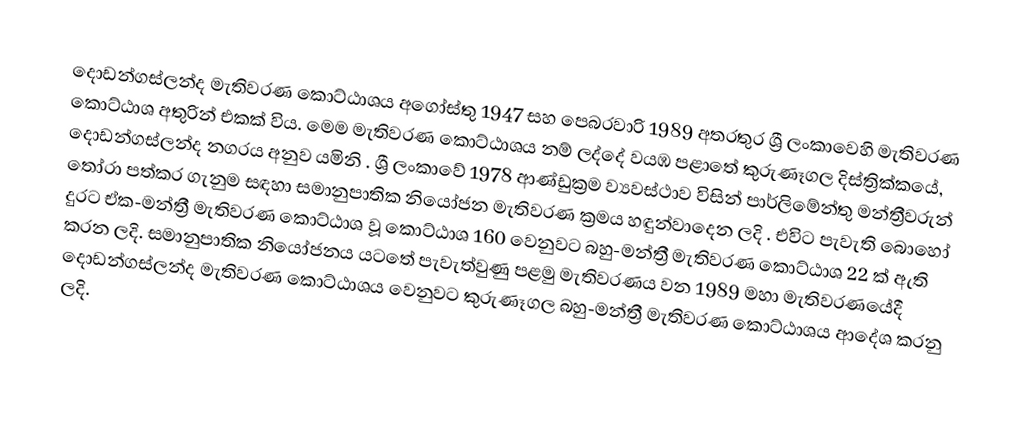
දොඩන්ගස්ලන්ද මැතිවරණ කොට්ඨාශය  අගෝස්තු 1947 සහ පෙබරවාරි 1989 අතරතුර  ශ්‍රී ලංකාවෙහි  මැතිවරණ කොට්ඨාශ අතුරින් එකක් විය. මෙම මැතිවරණ කොට්ඨාශය නම් ලද්දේ  වයඹ පළාතේ  කුරුණෑගල දිස්ත්‍රික්කයේ,  දොඩන්ගස්ලන්ද නගරය අනුව යමිනි . ශ්‍රී ලංකාවේ 1978 ආණ්ඩුක්‍රම ව්‍යවස්ථාව විසින්   පාර්ලිමේන්තු මන්ත්‍රීවරුන් තෝරා පත්කර ගැනුම සඳහා සමානුපාතික නියෝජන මැතිවරණ ක්‍රමය හඳුන්වාදෙන ලදි . එවිට පැවැති බොහෝ දුරට  ඒක-මන්ත්‍රී මැතිවරණ කොට්ඨාශ වූ කොට්ඨාශ 160 වෙනුවට බහු-මන්ත්‍රී මැතිවරණ කොට්ඨාශ 22 ක් ඇති කරන ලදි. සමානුපාතික නියෝජනය යටතේ පැවැත්වුණු  පළමු මැතිවරණය වන 1989 මහා මැතිවරණයේදී  දොඩන්ගස්ලන්ද මැතිවරණ කොට්ඨාශය වෙනුවට  කුරුණෑගල බහු-මන්ත්‍රී මැතිවරණ කොට්ඨාශය  ආදේශ කරනු ලදි.